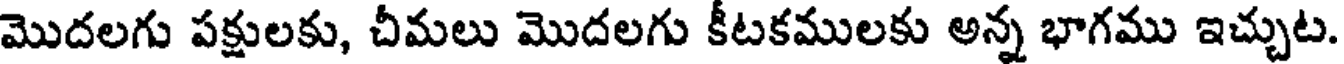
మొదలగు పక్షులకు, చీమలు మొదలగు కీటకములకు అన్న భాగము ఇచ్చుట